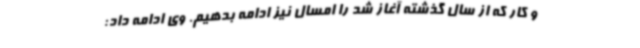
و کار که از سال گذشته آغاز شد را امسال نیز ادامه بدهیم. وی ادامه داد: